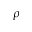
\rho